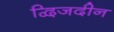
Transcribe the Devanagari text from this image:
द्विजदीन